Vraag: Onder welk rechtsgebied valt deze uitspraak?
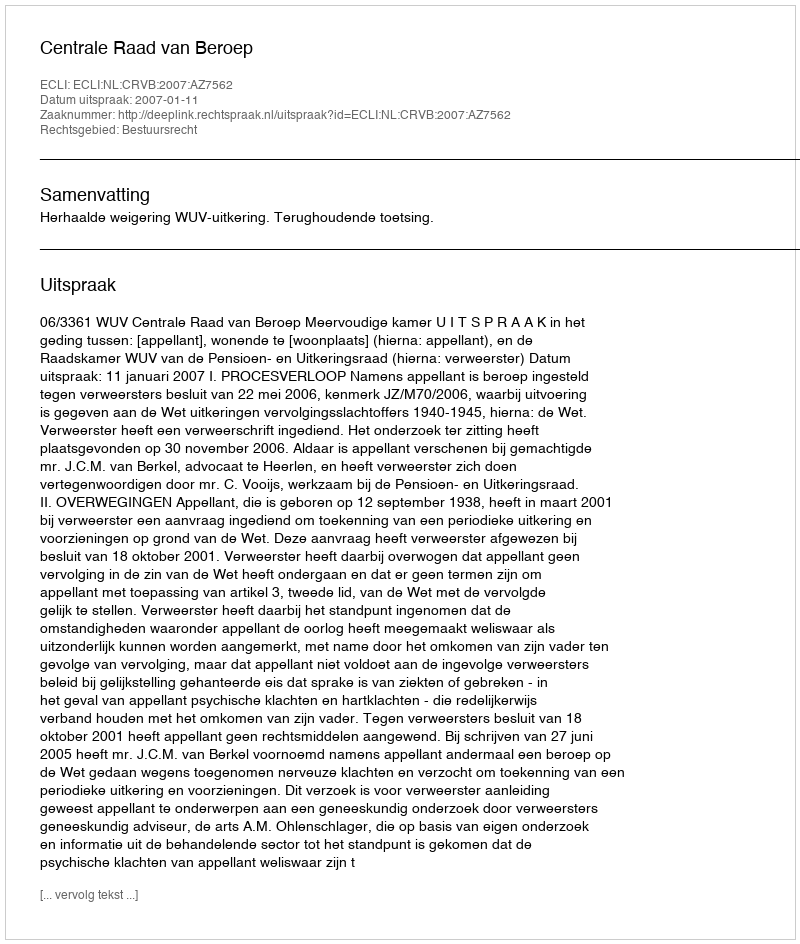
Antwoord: Bestuursrecht